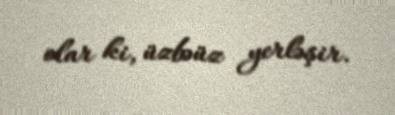
olar ki, üzbəüz yerləşir.